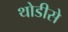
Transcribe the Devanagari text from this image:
थोडीसे